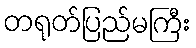
တရုတ်ပြည်မကြီး